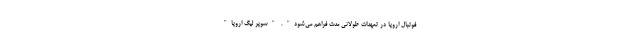
فوتبال اروپا در تعهدات طولانی مدت فراهم می‌شود". "سوپر لیگ اروپا"